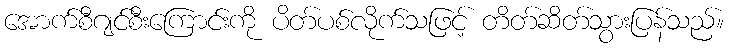
အောက်စီဂျင်စီးကြောင်းကို ပိတ်ပစ်လိုက်သဖြင့် တိတ်ဆိတ်သွားပြန်သည်။